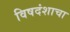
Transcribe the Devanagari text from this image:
विषदंशाचा